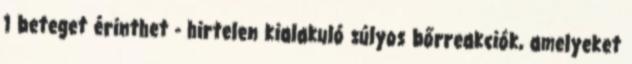
1 beteget érinthet - hirtelen kialakuló súlyos bőrreakciók, amelyeket